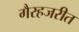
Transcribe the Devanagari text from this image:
गैरहजरीत